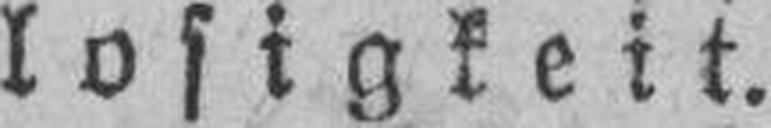
losigkeit.